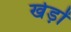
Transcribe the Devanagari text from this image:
खेड़ों